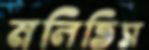
মলিতিস